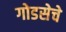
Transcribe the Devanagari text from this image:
गोडसेचे